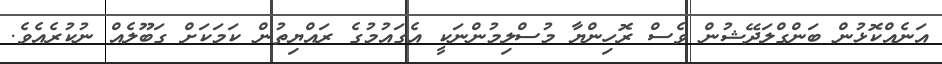
އަނެއްކޮޅުން ބަންގްލަދޭޝުން ވެސް ރޮހިންޔާ މުސްލިމުންނަކީ އެގައުމުގެ ރައްޔިތުން ކަމަކަށް ގަބޫލެއް ނުކުރެއެވެ.